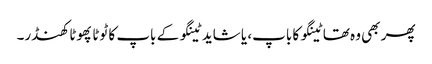
پھر بھی وہ تھا ٹینگو کا باپ، یا شاید ٹینگو کے باپ کا ٹوٹا پھوٹا کھنڈر۔